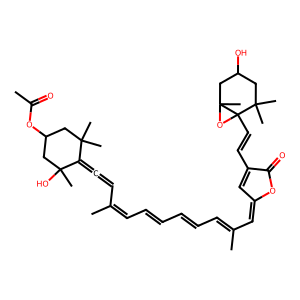
SMILES: CC(=O)OC1CC(C)(C)C(=C=CC(C)=CC=CC=CC=C(C)C=C2C=C(C=CC34OC3(C)CC(O)CC4(C)C)C(=O)O2)C(C)(O)C1
Inhibits HIV replication: No